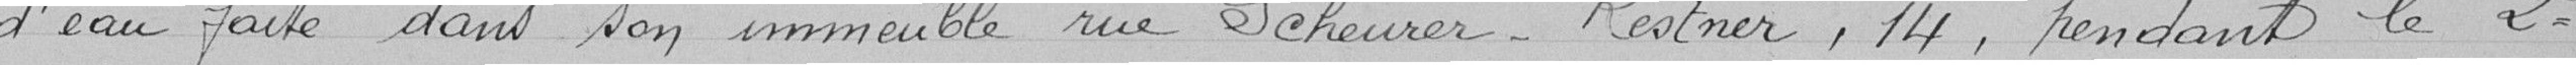
d'eau faire dans son immeuble rue Scheurer-Kestner, 14 ,pendant  le 2ème